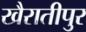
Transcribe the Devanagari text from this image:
खैरातीपुर